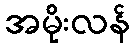
အမိုးလန်